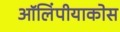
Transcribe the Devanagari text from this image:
ऑलिंपीयाकोस